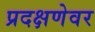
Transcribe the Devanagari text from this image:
प्रदक्षणेवर